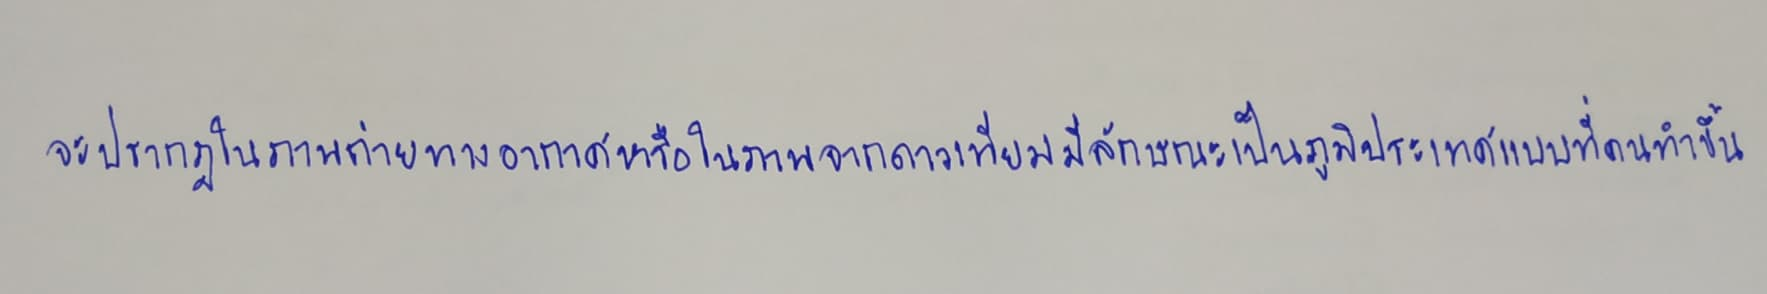
จะปรากฏในภาพถ่ายทางอากาศหรือในภาพจากดาวเทียมมีลักษณะเป็นภูมิประเทศแบบที่คนทำขึ้น